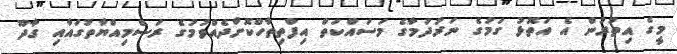
މީގެ އިތުރުން އެ އަތޮޅު ގަމުގެ ނަރުދަމާގެ މަސައްކަތް އިފްތިތާހްކޮށްދެއްވުމުގެ ރަސްމިއްޔާތުގައާއި ގާދޫ